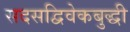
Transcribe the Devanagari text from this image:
सदसद्विवेकबुद्धी